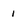
Character: 1